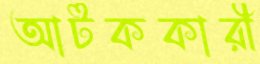
আটককারী